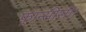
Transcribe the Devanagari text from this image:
फ़्रान्सीसी।